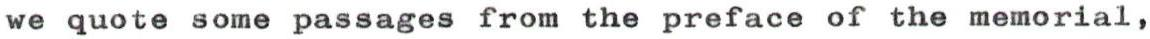
we quote some passages from the preface of the memorial,